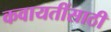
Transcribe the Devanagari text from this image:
कवायतींसाठी